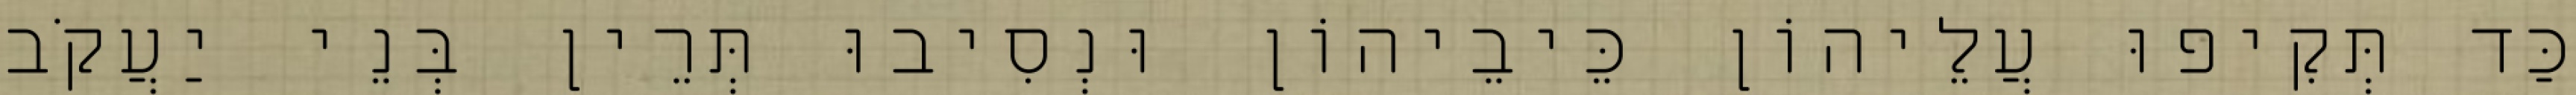
כַּד תְּקִיפוּ עֲלֵיהוֹן כֵּיבֵיהוֹן וּנְסִיבוּ תְּרֵין בְּנֵי יַעֲקֹב